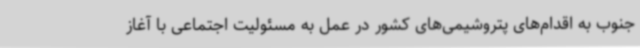
جنوب به اقدام‌های پتروشیمی‌های کشور در عمل به مسئولیت اجتماعی با آغاز